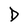
Character: D